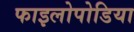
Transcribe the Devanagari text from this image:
फाइलोपोडिया